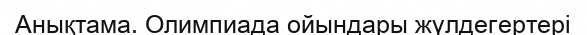
Анықтама. Олимпиада ойындары жүлдегертері